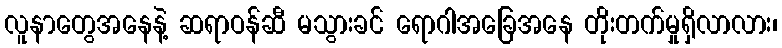
လူနာတွေအနေနဲ့ ဆရာဝန်ဆီ မသွားခင် ရောဂါအခြေအနေ တိုးတက်မှုရှိလာလား၊